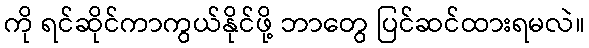
ကို ရင်ဆိုင်ကာကွယ်နိုင်ဖို့ ဘာတွေ ပြင်ဆင်ထားရမလဲ။